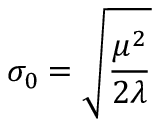
\sigma _ { 0 } = \sqrt { \frac { \mu ^ { 2 } } { 2 \lambda } }